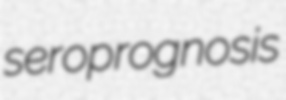
seroprognosis